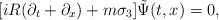
\begin{align*}[iR(\partial_t+\partial_x)+m\sigma_3]\tilde{\Psi}(t,x)=0,\end{align*}